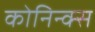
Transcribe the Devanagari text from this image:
कोनिन्क्स